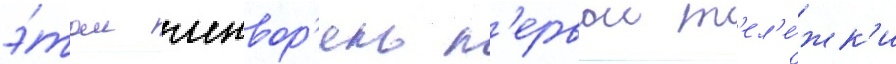
э́том шквор'ень п'ервои т'ел'е́жк'и